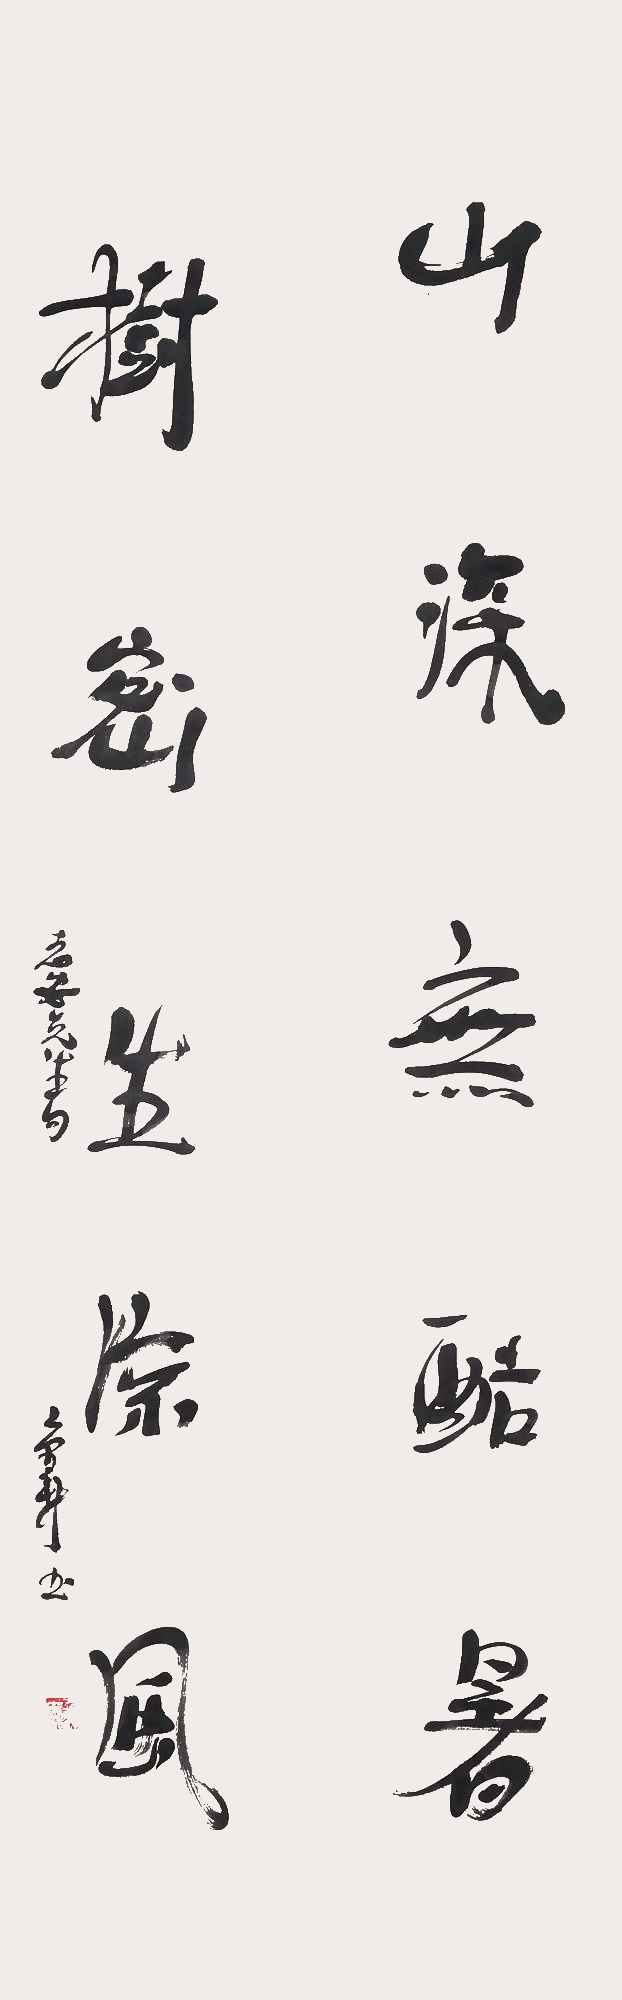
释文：山深无酷暑，树密生凉风。志安先生句。京新书。